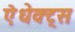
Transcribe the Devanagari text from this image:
ऐधेक्ट्स